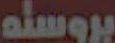
بروسته